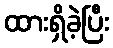
ထားရှိခဲ့ပြီး